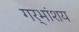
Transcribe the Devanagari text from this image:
गर्भांशय